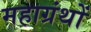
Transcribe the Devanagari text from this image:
महाग्रंथों